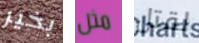
بخير مثل لقتل